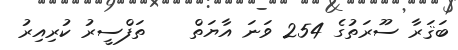
ބަޤަރާ ސޫރަތުގެ 254 ވަނަ އާޔަތް    ތަފްސީރު ކުރިއިރު